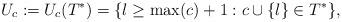
LaTeX: \begin{align*}U_c:=U_c(T^*)=\{l\ge \max(c) +1:c\cup\{l\}\in T^*\},\end{align*}